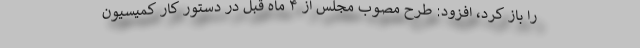
را باز کرد، افزود: طرح مصوب مجلس از ۴ ماه قبل در دستور کار کمیسیون